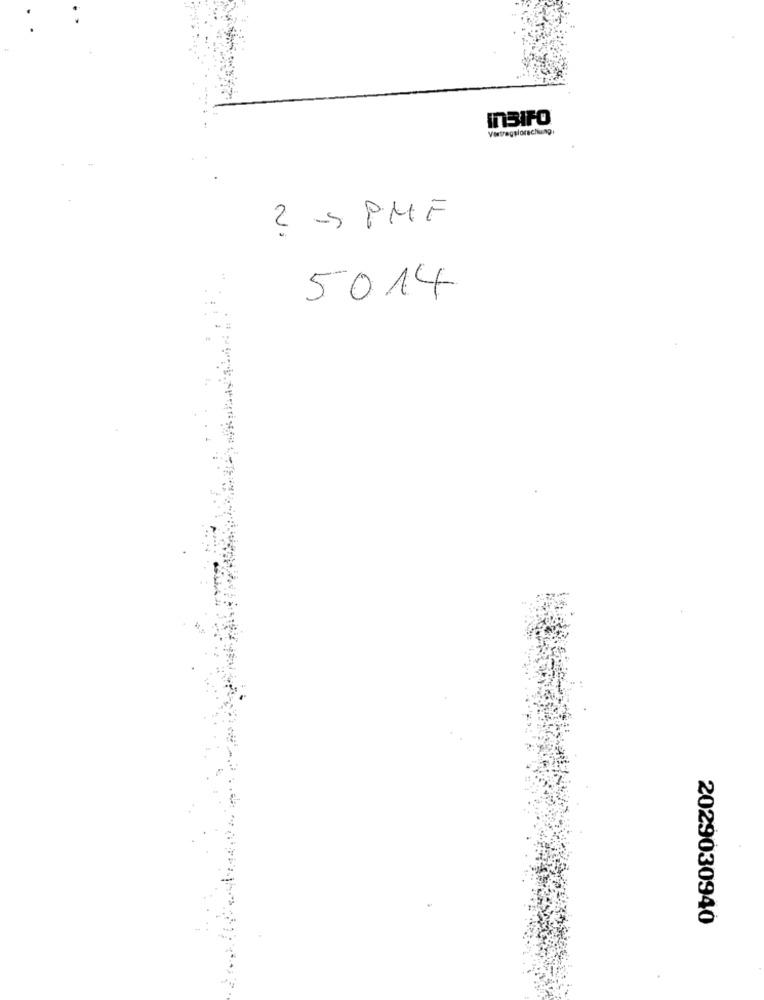
InSIFO
2 -5 PMF
5014
2029030940